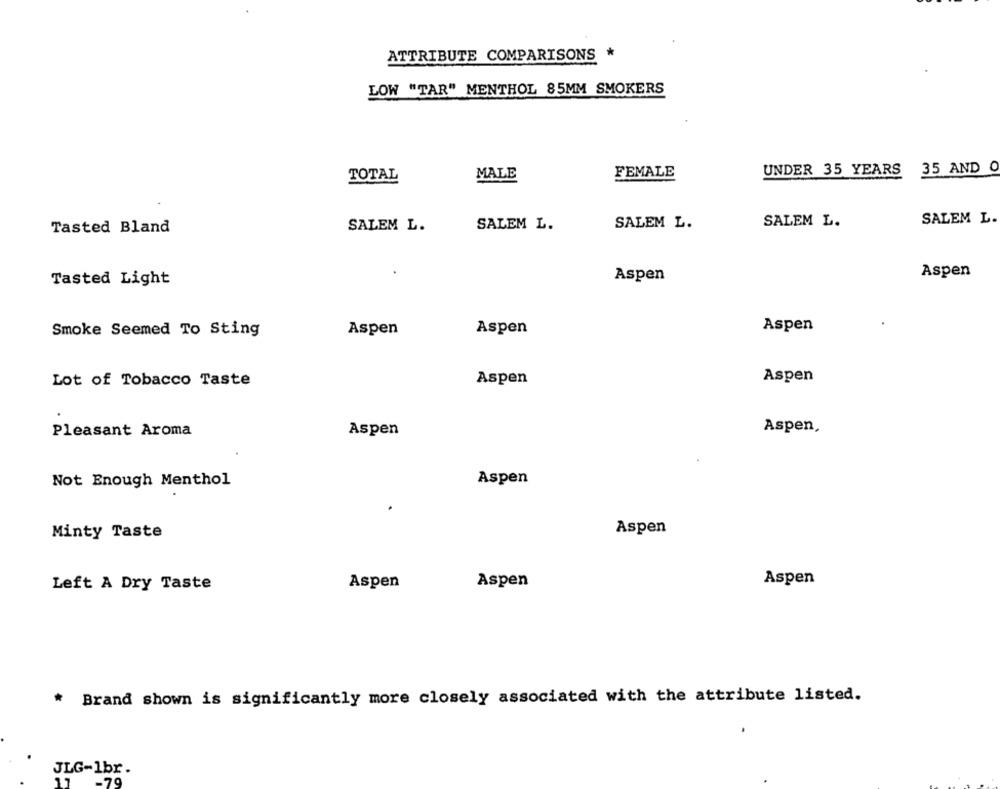
ATTRIBUTE COMPARISONS *
LOW "TAR" MENTHOL 85MM SMOKERS
MALE
FEMALE
UNDER 35 YEARS 35 AND O
TOTAL
SALEM L.
Tasted Bland
SALEM L.
SALEM L.
SALEM L.
SALEM L.
Aspen
Tasted Light
Aspen
Aspen
Aspen
Aspen
Smoke Seemed To Sting
Aspen
Lot of Tobacco Taste
Aspen
Pleasant Aroma
Aspen
Aspen,
Not Enough Menthol
Aspen
Aspen
Minty Taste
Aspen
Aspen
Left A Dry Taste
Aspen
* Brand shown is significantly more closely associated with the attribute listed.
JLG-1br.
-79